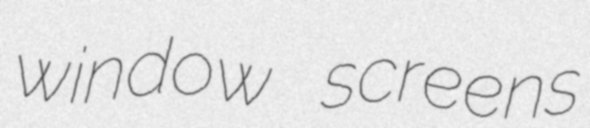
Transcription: window screens